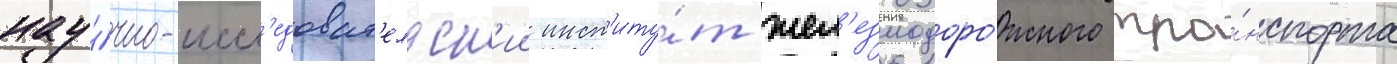
нау́чно-иссл'едоват'ельск'ии инст'иту́т жел'езнодоро́жного тра́нспорта